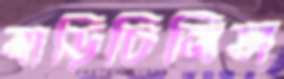
বাড়িচিনিস